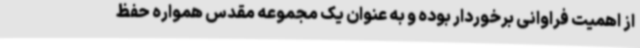
از اهمیت فراوانی برخوردار بوده و به عنوان یک مجموعه مقدس همواره حفظ